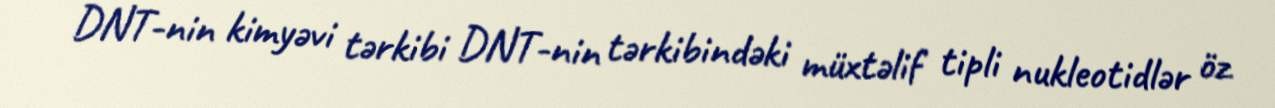
DNT-nin kimyəvi tərkibi DNT-nin tərkibindəki müxtəlif tipli nukleotidlər öz